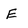
Character: E